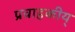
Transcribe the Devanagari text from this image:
प्रवाहकीय्